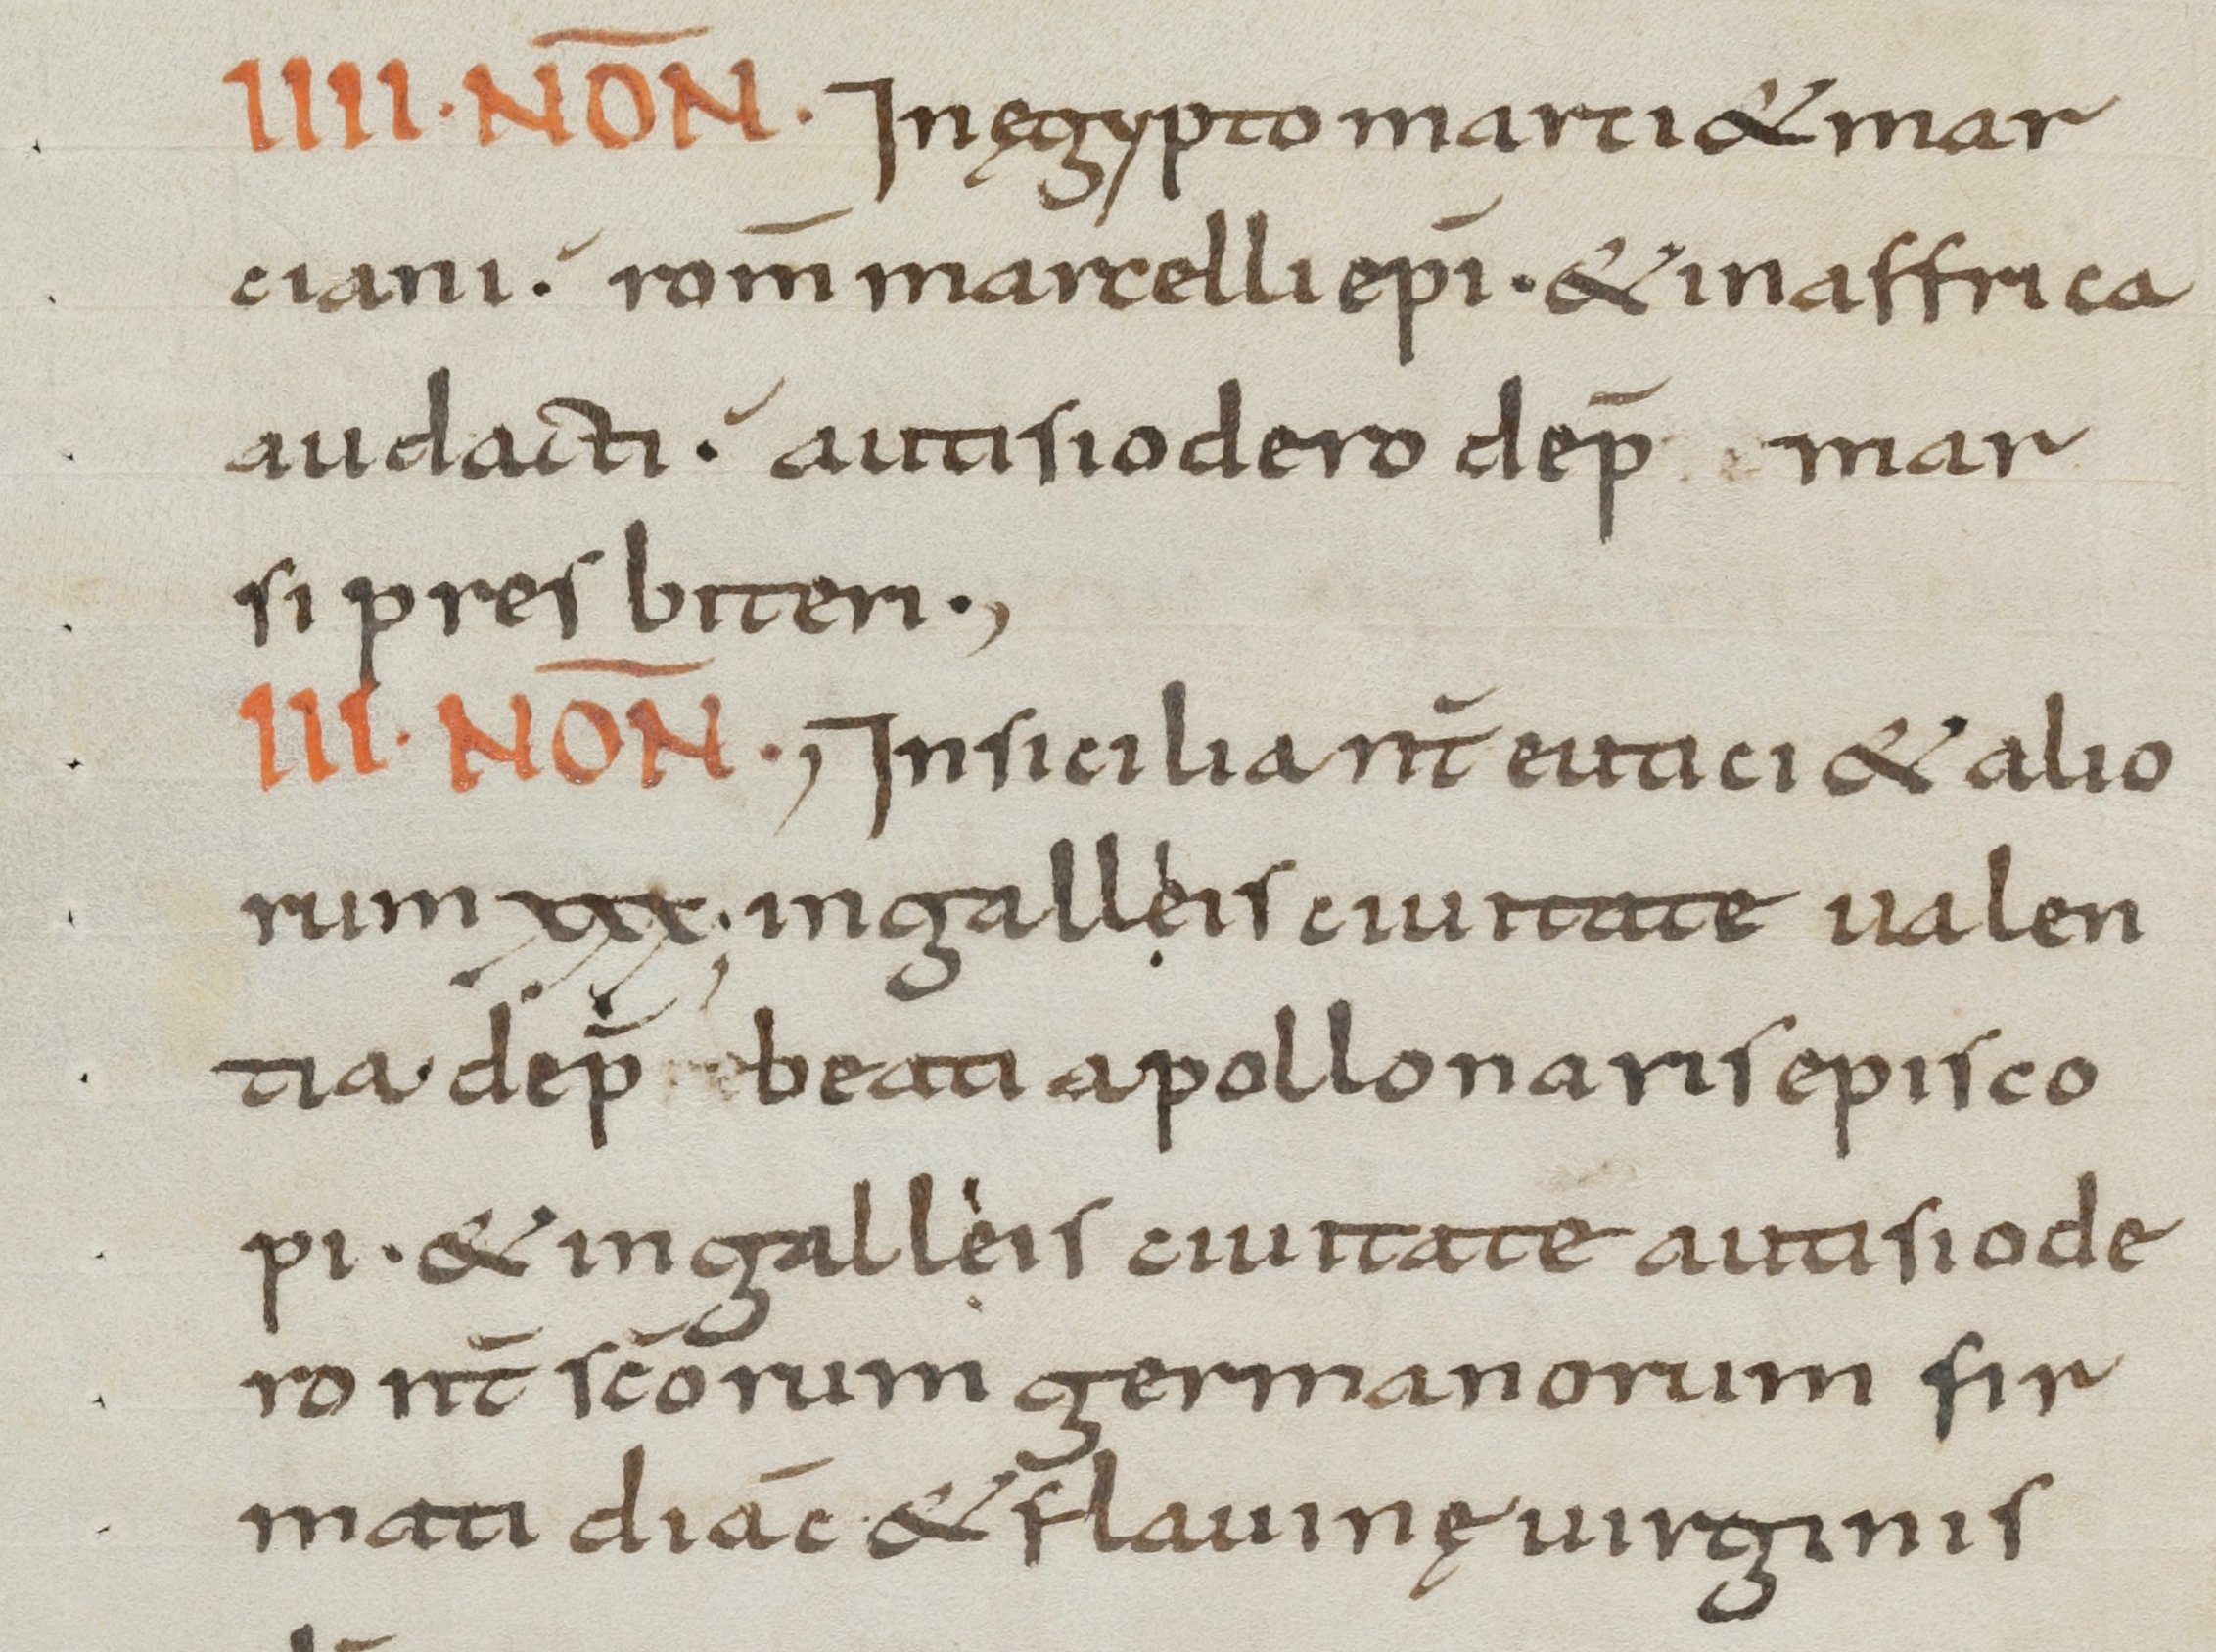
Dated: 800–899